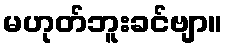
မဟုတ်ဘူးခင်ဗျာ။